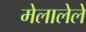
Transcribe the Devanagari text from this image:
मेलालेले